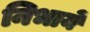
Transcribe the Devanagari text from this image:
निभायें